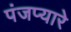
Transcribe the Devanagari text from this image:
पंजप्यारे